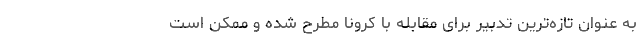
به عنوان تازه‌ترین تدبیر برای مقابله با کرونا مطرح شده و ممکن است